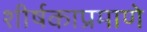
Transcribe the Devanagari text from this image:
शीर्षकाप्रमाणे